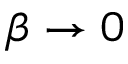
\beta \rightarrow 0